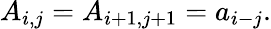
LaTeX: A_{i,j}=A_{i+1,j+1}=a_{i-j}.